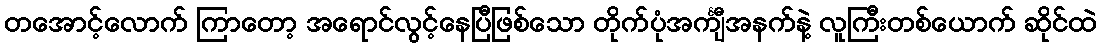
တအောင့်လောက် ကြာတော့ အရောင်လွင့်နေပြီဖြစ်သော တိုက်ပုံအင်္ကျီအနက်နဲ့ လူကြီးတစ်ယောက် ဆိုင်ထဲ